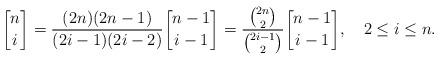
LaTeX: \begin{align*} {n \brack i} = \frac{(2n)(2n-1)}{(2i-1)(2i-2)}{n-1 \brack i-1} = \frac{{2n\choose 2}}{{2i-1\choose 2}}{n-1 \brack i-1}, \quad2\leq i \leq n.\end{align*}